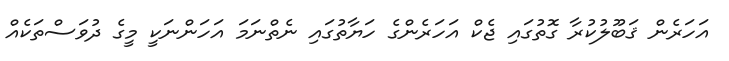
އަހަރެން ޤަބޫލުކުރާ ގޮތުގައި ޖެކް އަހަރެންގެ ހަޔާތުގައި ނެތްނަމަ އަހަންނަކީ މީގެ ދުވަސްތަކެއް